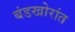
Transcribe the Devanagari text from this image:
बंडखोरांत